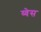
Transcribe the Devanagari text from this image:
य्वेस